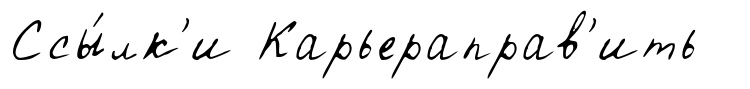
Ссы́лк'и Карьераправ'ить